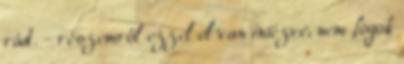
rád. - részemről ezzel el van intézve, nem fogok